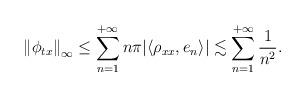
LaTeX: \begin{align*} \left\| \phi_{t x} \right\|_\infty \leq \sum_{n=1}^{+\infty} n \pi | \langle \rho_{xx} , e_n \rangle | \lesssim \sum_{n=1}^{+\infty} \frac{1}{n^2}.\end{align*}